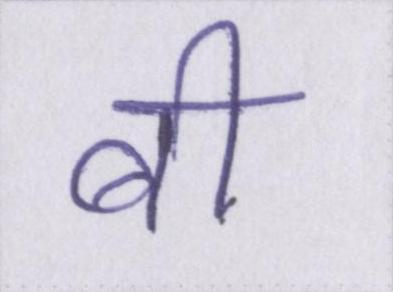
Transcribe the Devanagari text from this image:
बी